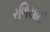
રળિયાટી